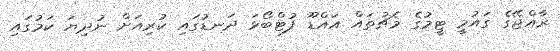
ރާއްޖޭގެ ގައުމީ ޓީމުގެ މެޗުތައް އައްޑޫ ފުޓްބޯޅަ ދަނޑުގައި ކުރިއަށް ނުދިޔަ ކަމުގައި